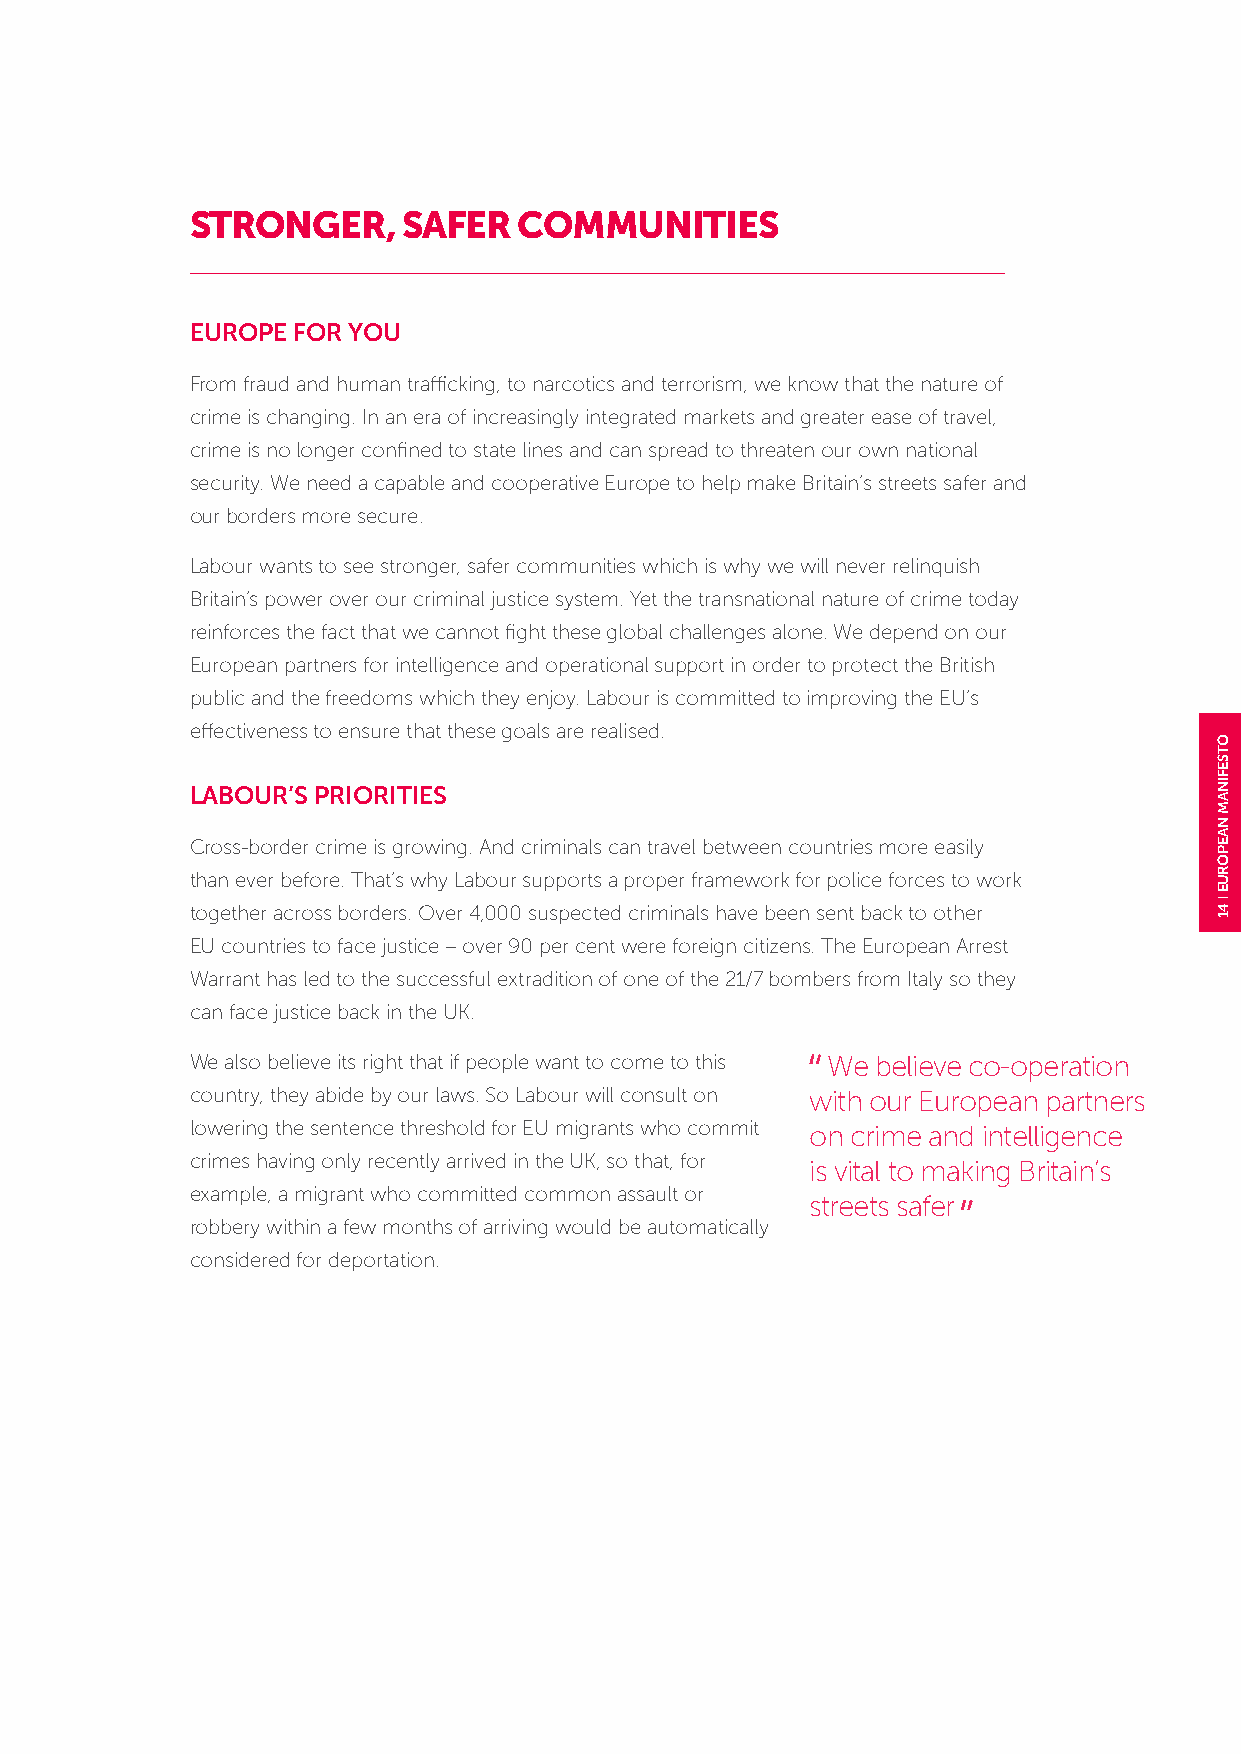
STRONGER,     SAFER  COMMUNITIES
 EUROPE FOR YOU
 From fraud and human trafficking, to narcotics and terrorism, we know that the nature of
 crime is changing. In an era of increasingly integrated markets and greater ease of travel,
 crime is no longer confined to state lines and can spread to threaten our own national
 security. We need a capable and cooperative Europe to help make Britain’s streets safer and
 our borders more secure.
 Labour wants to see stronger, safer communities which is why we will never relinquish
 Britain’s power over our criminal justice system. Yet the transnational nature of crime today
 reinforces the fact that we cannot fight these global challenges alone. We depend on our
 European partners for intelligence and operational support in order to protect the British
 public and the freedoms which they enjoy. Labour is committed to improving the EU’s
 effectiveness to ensure that these goals are realised.
 LABOUR’S PRIORITIES
 Cross-border crime is growing. And criminals can travel between countries more easily
 than ever before. That’s why Labour supports a proper framework for police forces to work
 together across borders. Over 4,000 suspected criminals have been sent back to other
 EU countries to face justice – over 90 per cent were foreign citizens. The European Arrest
 Warrant has led to the successful extradition of one of the 21/7 bombers from Italy so they
 can face justice back in the UK.
 We also believe its right that if people want to come to this We believe co-operation
 country, they abide by our laws. So Labour will consult on with our European partners
 lowering the sentence threshold for EU migrants who commit on crime and intelligence
 crimes having only recently arrived in the UK, so that, for
 is vital to making Britain’s
 example, a migrant who committed common assault or
 streets safer
 robbery within a few months of arriving would be automatically
 considered for deportation.
 OTSEFINAM
 NAEPORUE
 41